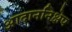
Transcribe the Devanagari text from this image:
आदाननिक्षेप